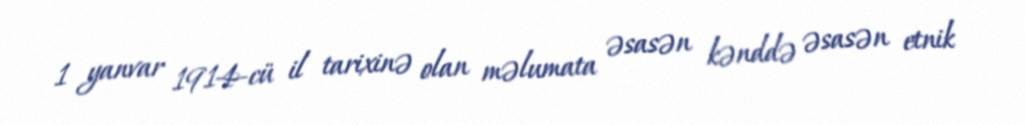
1 yanvar 1914-cü il tarixinə olan məlumata əsasən kənddə əsasən etnik